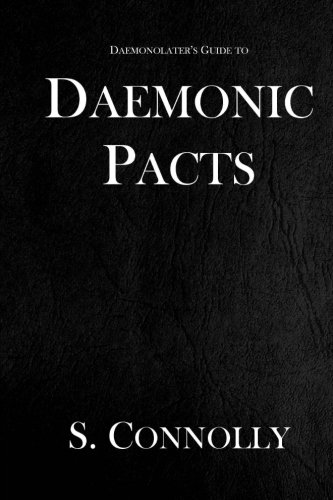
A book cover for Daemonic Pacts (The Daemonolater's Guide) (Volume 1); S. Connolly; Religion & Spirituality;